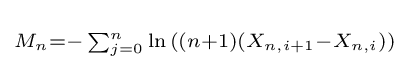
\scriptstyle M_{n}=-\sum _{j=0}^{n}\ln {((n+1)(X_{n,i+1}-X_{n,i}))}